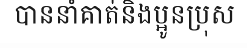
បាននាំគាត់និងប្អូនប្រុស